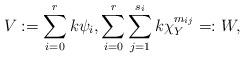
LaTeX: \begin{align*}V := \sum_{i=0}^r k \psi_i, \sum_{i=0}^r \sum_{j=1}^{s_i} k \chi^{m_{ij}}_Y =: W, \end{align*}